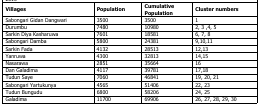
<table><thead><tr><td><b>Villages</b></td><td><b>Population</b></td><td><b>Cumulative Population</b></td><td><b>Cluster numbers</b></td></tr></thead><tbody><tr><td>Sabongari Gidan Dangwari</td><td>3500</td><td>3500</td><td>1</td></tr><tr><td>Durumbu</td><td>7480</td><td>10980</td><td>2, 3,4, 5</td></tr><tr><td>Sarkin Diya Kasharuwa</td><td>7601</td><td>18581</td><td>6, 7, 8</td></tr><tr><td>Sabongari Damba</td><td>5800</td><td>24381</td><td>9,10,11</td></tr><tr><td>Sarkin Fada</td><td>4132</td><td>28513</td><td>12,13</td></tr><tr><td>Yanruwa</td><td>4300</td><td>32813</td><td>14,15</td></tr><tr><td>Nasarawa</td><td>2851</td><td>35664</td><td>16</td></tr><tr><td>Dan Galadima</td><td>4117</td><td>39781</td><td>17,18</td></tr><tr><td>Tudun Saye</td><td>7060</td><td>46841</td><td>19, 20, 21</td></tr><tr><td>Sabongari Yartukunya</td><td>4565</td><td>51406</td><td>22, 23</td></tr><tr><td>Tudun Bungudu</td><td>6800</td><td>58206</td><td>24, 25</td></tr><tr><td>Galadima</td><td>11700</td><td>69906</td><td>26, 27, 28, 29, 30</td></tr></tbody></table>